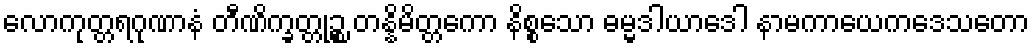
လောကုတ္တရဂုဏာနံ တီဏိက္ခတ္တုဉ္စ တန္နိမိတ္တကော နိစ္စသော ဓမ္မဒါယာဒေါ နာမကာယေကဒေသတော